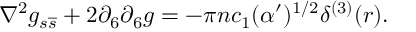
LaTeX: \nabla ^ { 2 } g _ { s \overline { { { s } } } } + 2 \partial _ { 6 } \partial _ { 6 } g = - \pi n c _ { 1 } ( \alpha ^ { \prime } ) ^ { 1 / 2 } \delta ^ { ( 3 ) } ( r ) .